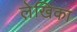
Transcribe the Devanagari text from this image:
ले़खिका